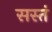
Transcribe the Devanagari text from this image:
सस्तं